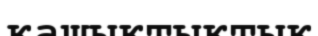
қашықтықтық